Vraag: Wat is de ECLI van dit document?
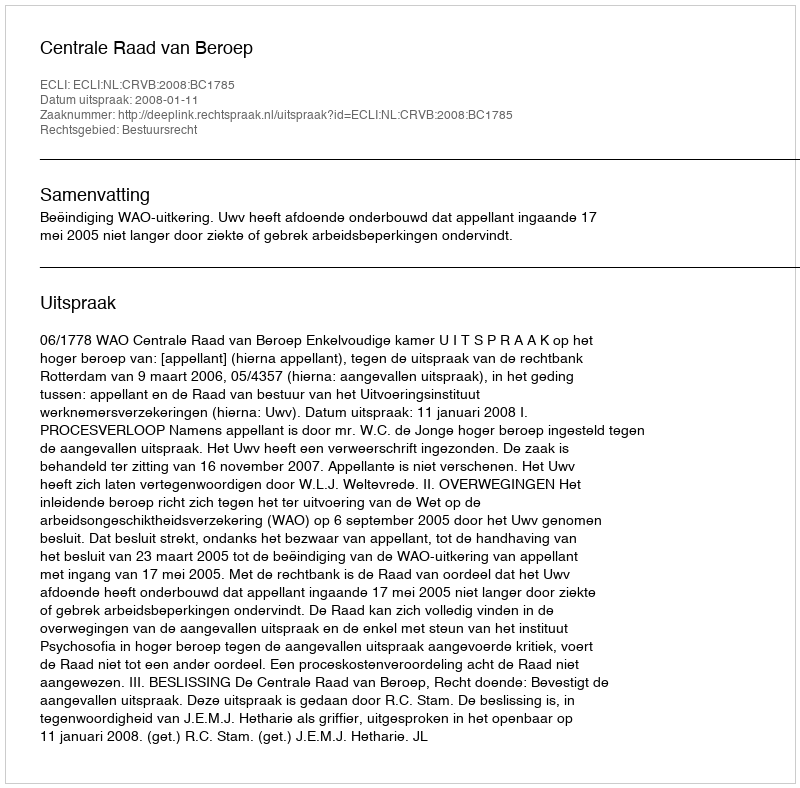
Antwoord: ECLI:NL:CRVB:2008:BC1785